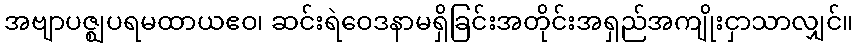
အဗျာပဇ္ဈပရမထာယဧဝ၊ ဆင်းရဲဝေဒနာမရှိခြင်းအတိုင်းအရှည်အကျိုးငှာသာလျှင်။